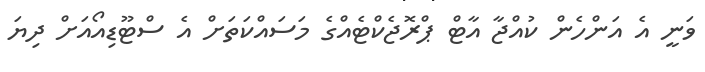
ވަނީ އެ އަންހެން ކުއްޖާ އާޓް ޕްރޮޖެކްޓެއްގެ މަސައްކަތަށް އެ ސްޓޫޑިއޯއަށް ދިޔަ